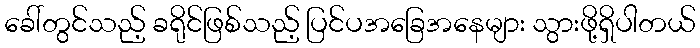
ခေါ်တွင်သည့် ခရိုင်ဖြစ်သည့် ပြင်ပအခြေအနေများ သွားဖို့ရှိပါတယ်